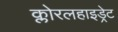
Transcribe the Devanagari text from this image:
क्लोरलहाइड्रेट